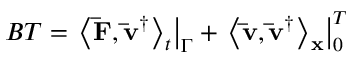
B T = { \left. { { { \left\langle { { \bf { \bar { F } } } , { { { \bf { \bar { v } } } } ^ { \dag } } } \right\rangle } _ { t } } } \right| _ { \Gamma } } + \left. { { { \left\langle { { \bf { \bar { v } } } , { { { \bf { \bar { v } } } } ^ { \dag } } } \right\rangle } _ { \bf { x } } } } \right| _ { 0 } ^ { T }